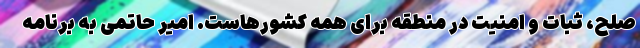
صلح، ثبات و امنیت در منطقه برای همه کشورهاست.‌ امیر حاتمی به برنامه